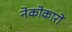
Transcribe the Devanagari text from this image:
नेकोकारों